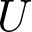
\boldsymbol { U }